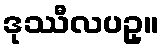
ဒုဿီလပဥှ။